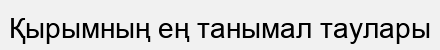
Қырымның ең танымал таулары